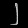
Digit: ၂